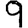
Digit: 9